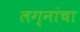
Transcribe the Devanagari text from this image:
लग्नांचा